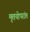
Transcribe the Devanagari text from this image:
मृतयोपरांत